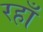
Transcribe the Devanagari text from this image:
रहाँ